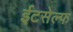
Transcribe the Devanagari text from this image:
ईटसेल्फ